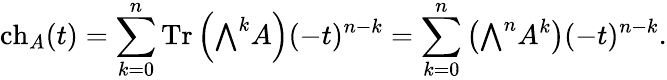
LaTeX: \operatorname{ch}_{A}(t)=\sum_{k=0}^{n}\operatorname{Tr}\left({\textstyle\bigwedge}^{k}A\right)(-t)^{n-k}=\sum_{k=0}^{n}\left({\textstyle\bigwedge}^{n}A^{k}\right)(-t)^{n-k}.